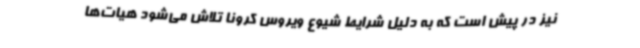
نیز در پیش است که به دلیل شرایط شیوع ویروس کرونا تلاش می‌شود هیات‌ها